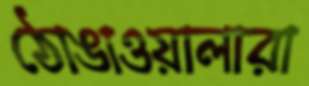
ঠোঙাওয়ালারা